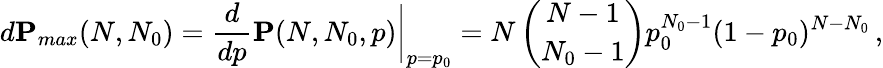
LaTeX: d\mathbf{P}_{max}(N,N_{0})=\frac{d}{dp}\mathbf{P}(N,N_{0},p)\bigg|_{p=p_{0}}=N\, \binom{N-1}{N_{0}-1}p_{0}^{N_{0}-1}(1-p_{0})^{N-N_{0}}\, ,